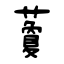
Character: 藑